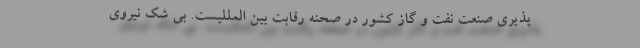
پذیری صنعت نفت و گاز کشور در صحنه رقابت بین المللیست. بی شک نیروی